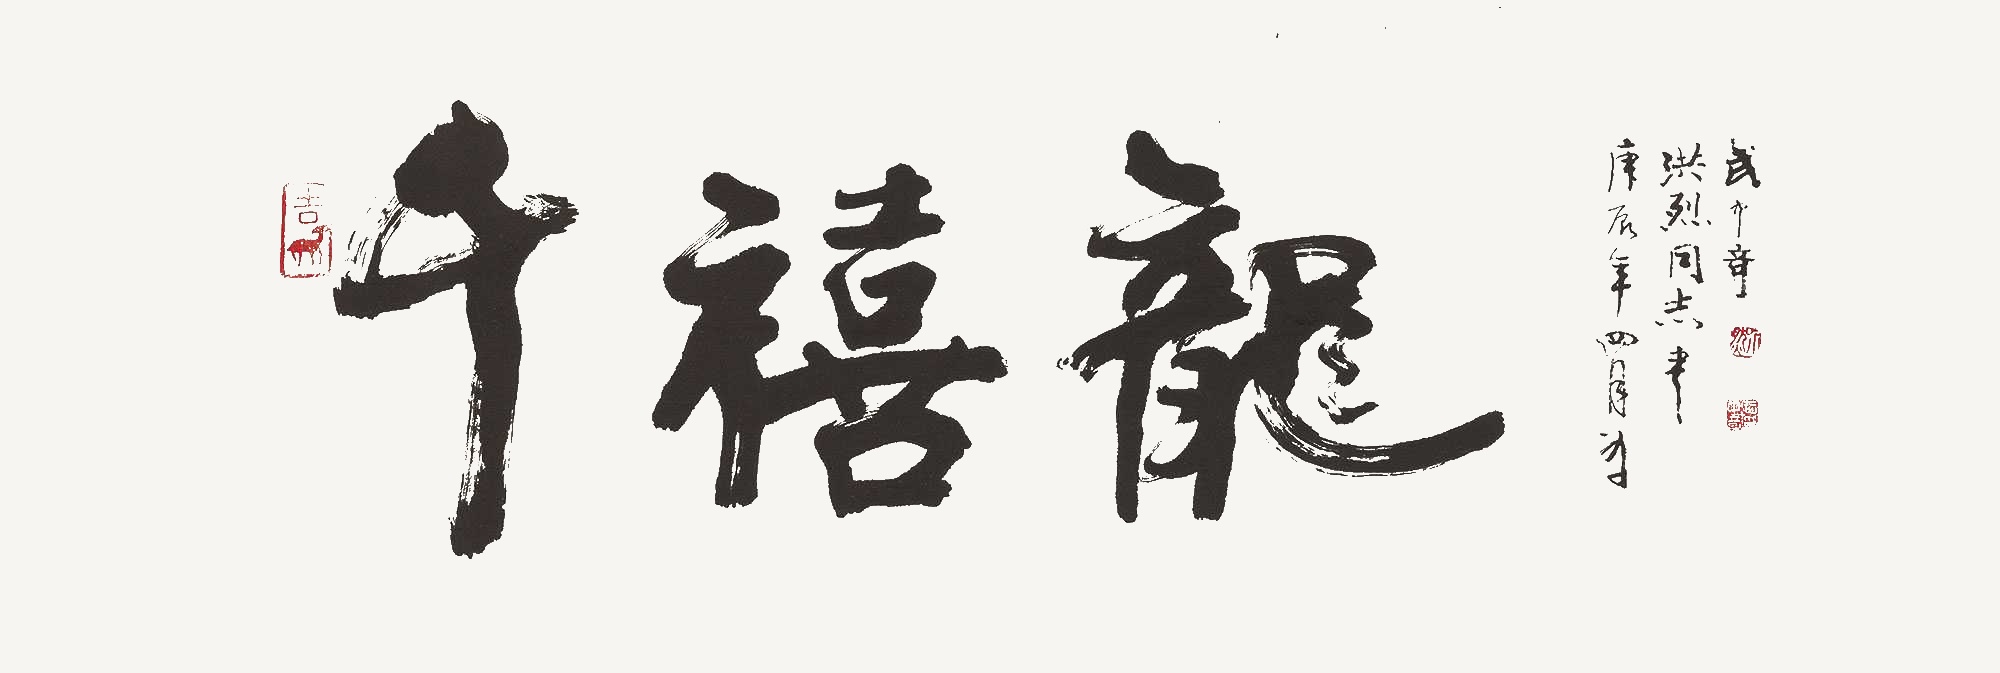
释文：千禧龙庚辰年四月，为洪烈同志书，武中奇。